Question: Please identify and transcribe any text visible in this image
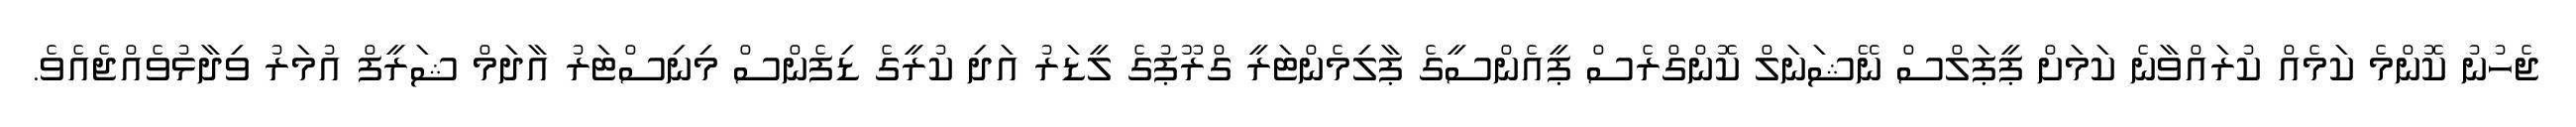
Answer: ޖެހުނު ކޮންމެ ކަމެއް ކުރައްވާނެ ކަމަށް ޕީޕަލްސް ނޭޝަނަލް ކޮންގްރެސް ޕީއެންސީގެ ޕާލިމެންޓަރީ ގްރޫޕުގެ ލީޑަރު އަދި ކުރީގެ ޑިފެންސް މިނިސްޓަރު އާދަމް ޝަރީފް އުމަރު ވިދާޅުވެއްޖެއެވެ.